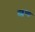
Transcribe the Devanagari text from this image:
तब्लच्या